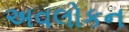
અવલોકન